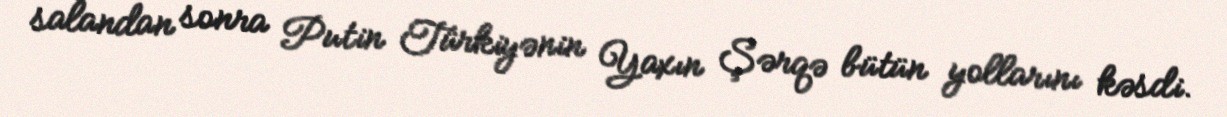
salandan sonra Putin Türkiyənin Yaxın Şərqə bütün yollarını kəsdi.